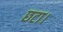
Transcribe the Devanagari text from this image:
छटा।